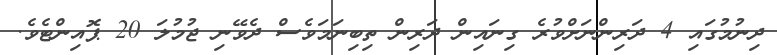
ދިނުމުގައި 4 ދަރިންނަށްވުރެ ގިނައިން ދަރިން ތިބިނަމަވެސް ދެވޭނި ޖުމުލަ 20 ޕޮއިންޓެވެ.